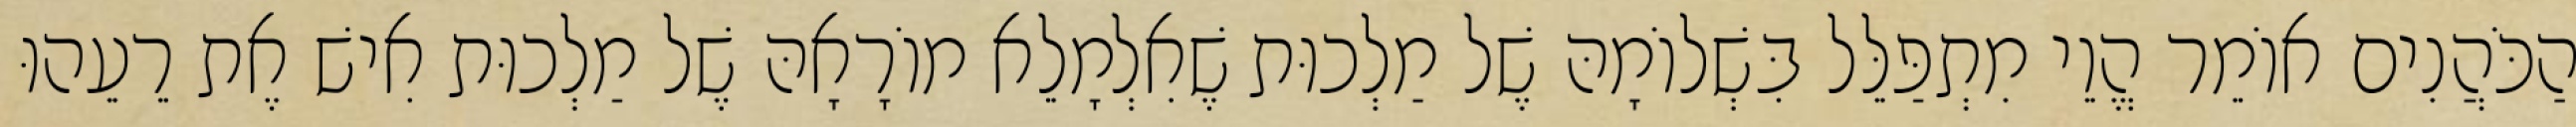
הַכֹּהֲנִים אוֹמֵר הֱוֵי מִתְפַּלֵּל בִּשְׁלוֹמָהּ שֶׁל מַלְכוּת שֶׁאִלְמָלֵא מוֹרָאָהּ שֶׁל מַלְכוּת אִישׁ אֶת רֵעֵהוּ